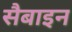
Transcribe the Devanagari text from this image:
सैबाइन